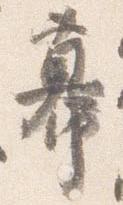
幕